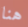
هنا